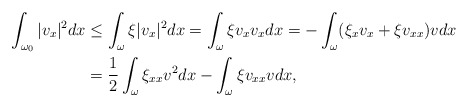
\begin{align*} \int_{\omega_0}|v_x|^2dx&\leq \int_{\omega}\xi|v_x|^2dx=\int_{\omega}\xi v_xv_xdx =-\int_{\omega}(\xi_xv_x+\xi v_{xx})vdx\\ &=\frac{1}{2}\int_{\omega}\xi_{xx}v^2dx-\int_{\omega}\xi v_{xx}vdx,\end{align*}